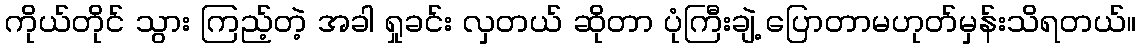
ကိုယ်တိုင် သွား ကြည့်တဲ့ အခါ ရှုခင်း လှတယ် ဆိုတာ ပုံကြီးချဲ့ ပြောတာမဟုတ်မှန်းသိရတယ်။